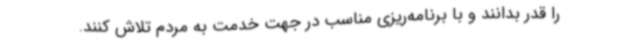
را قدر بدانند و با برنامه‌ریزی مناسب در جهت خدمت به مردم تلاش کنند.